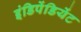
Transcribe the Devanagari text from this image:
इंडिपेंडियेंट